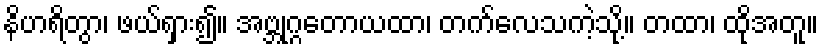
နိဟရိတွာ၊ ဖယ်ရှား၍။ အဗ္ဘုဂ္ဂတောယထာ၊ တက်လေသကဲ့သို့။ တထာ၊ ထိုအတူ။